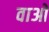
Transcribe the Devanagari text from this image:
वाओ